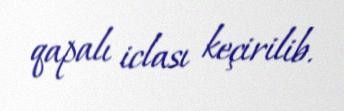
qapalı iclası keçirilib.